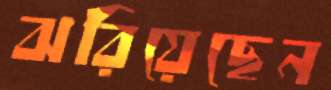
ঝরিয়েছেন